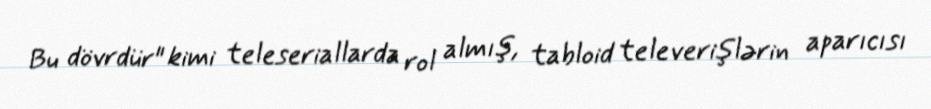
Bu dövrdür" kimi teleseriallarda rol almış, tabloid televerişlərin aparıcısı